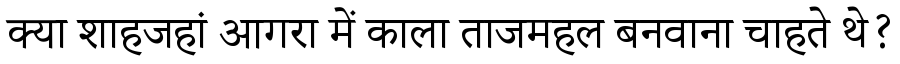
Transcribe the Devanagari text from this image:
क्या शाहजहां आगरा में काला ताजमहल बनवाना चाहते थे?